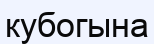
кубогына